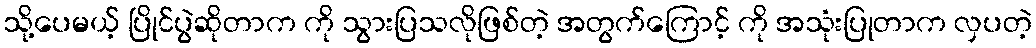
သို့ပေမယ့် ပြိုင်ပွဲဆိုတာက ကို သွားပြသလိုဖြစ်တဲ့ အတွက်ကြောင့် ကို အသုံးပြုတာက လှပတဲ့